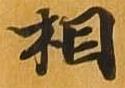
相